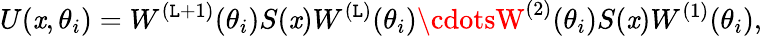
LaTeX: U(\mathit{x},\theta_{i})=W^{(\mathtt{L}+1)}(\theta_{i})S(\mathit{x})W^{(\mathtt{L})}(\theta_{i})\cdotsW^{(2)}(\theta_{i})S(\mathit{x})W^{(1)}(\theta_{i}),